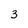
Character: 3